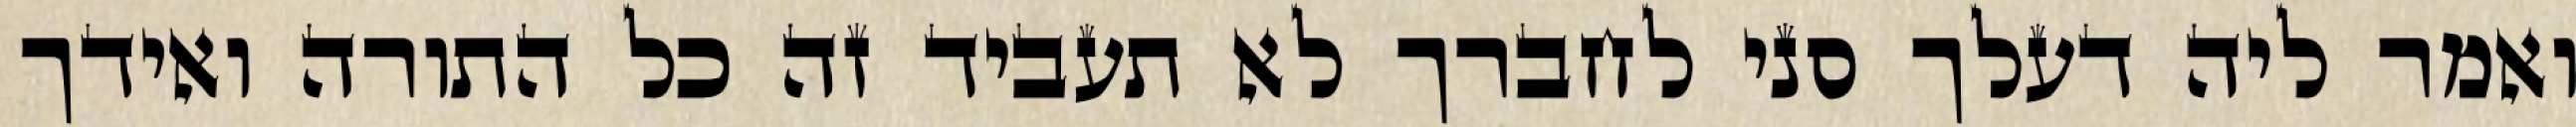
ואמר ליה דעלך סני לחברך לא תעביד זה כל התורה ואידך